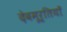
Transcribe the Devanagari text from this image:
देवमूर्तियाँ